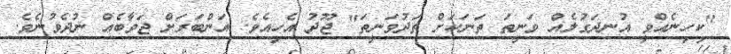
"ކިހިނެއްވީ އުނދަގުލެއް ވަނީތަ ތަނަކަށް ތަދުވަނީތަ" ޖޫދު އެހިއެވެ. އަންބަރަށް ޖަވާބެއް ނުދެވުނެވެ.